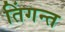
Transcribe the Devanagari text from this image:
तिंगन्त